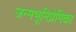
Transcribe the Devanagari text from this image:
जन्मभूमिप्रेमिका